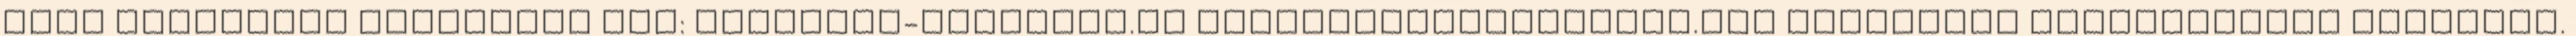
Több weboldalt terveztem már: asztalos-karpitos.hu budapestyouthhostel.com Arculatot Fireworksban tervezek.